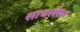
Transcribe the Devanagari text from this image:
साधलेसर